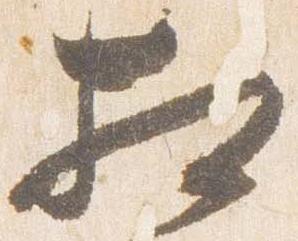
相